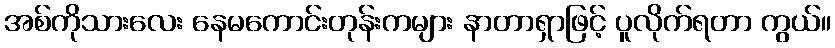
အစ်ကိုသားလေး နေမကောင်းတုန်းကများ နာတာရှာဖြင့် ပူလိုက်ရတာ ကွယ်။